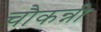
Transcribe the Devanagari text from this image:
चौकन्नी